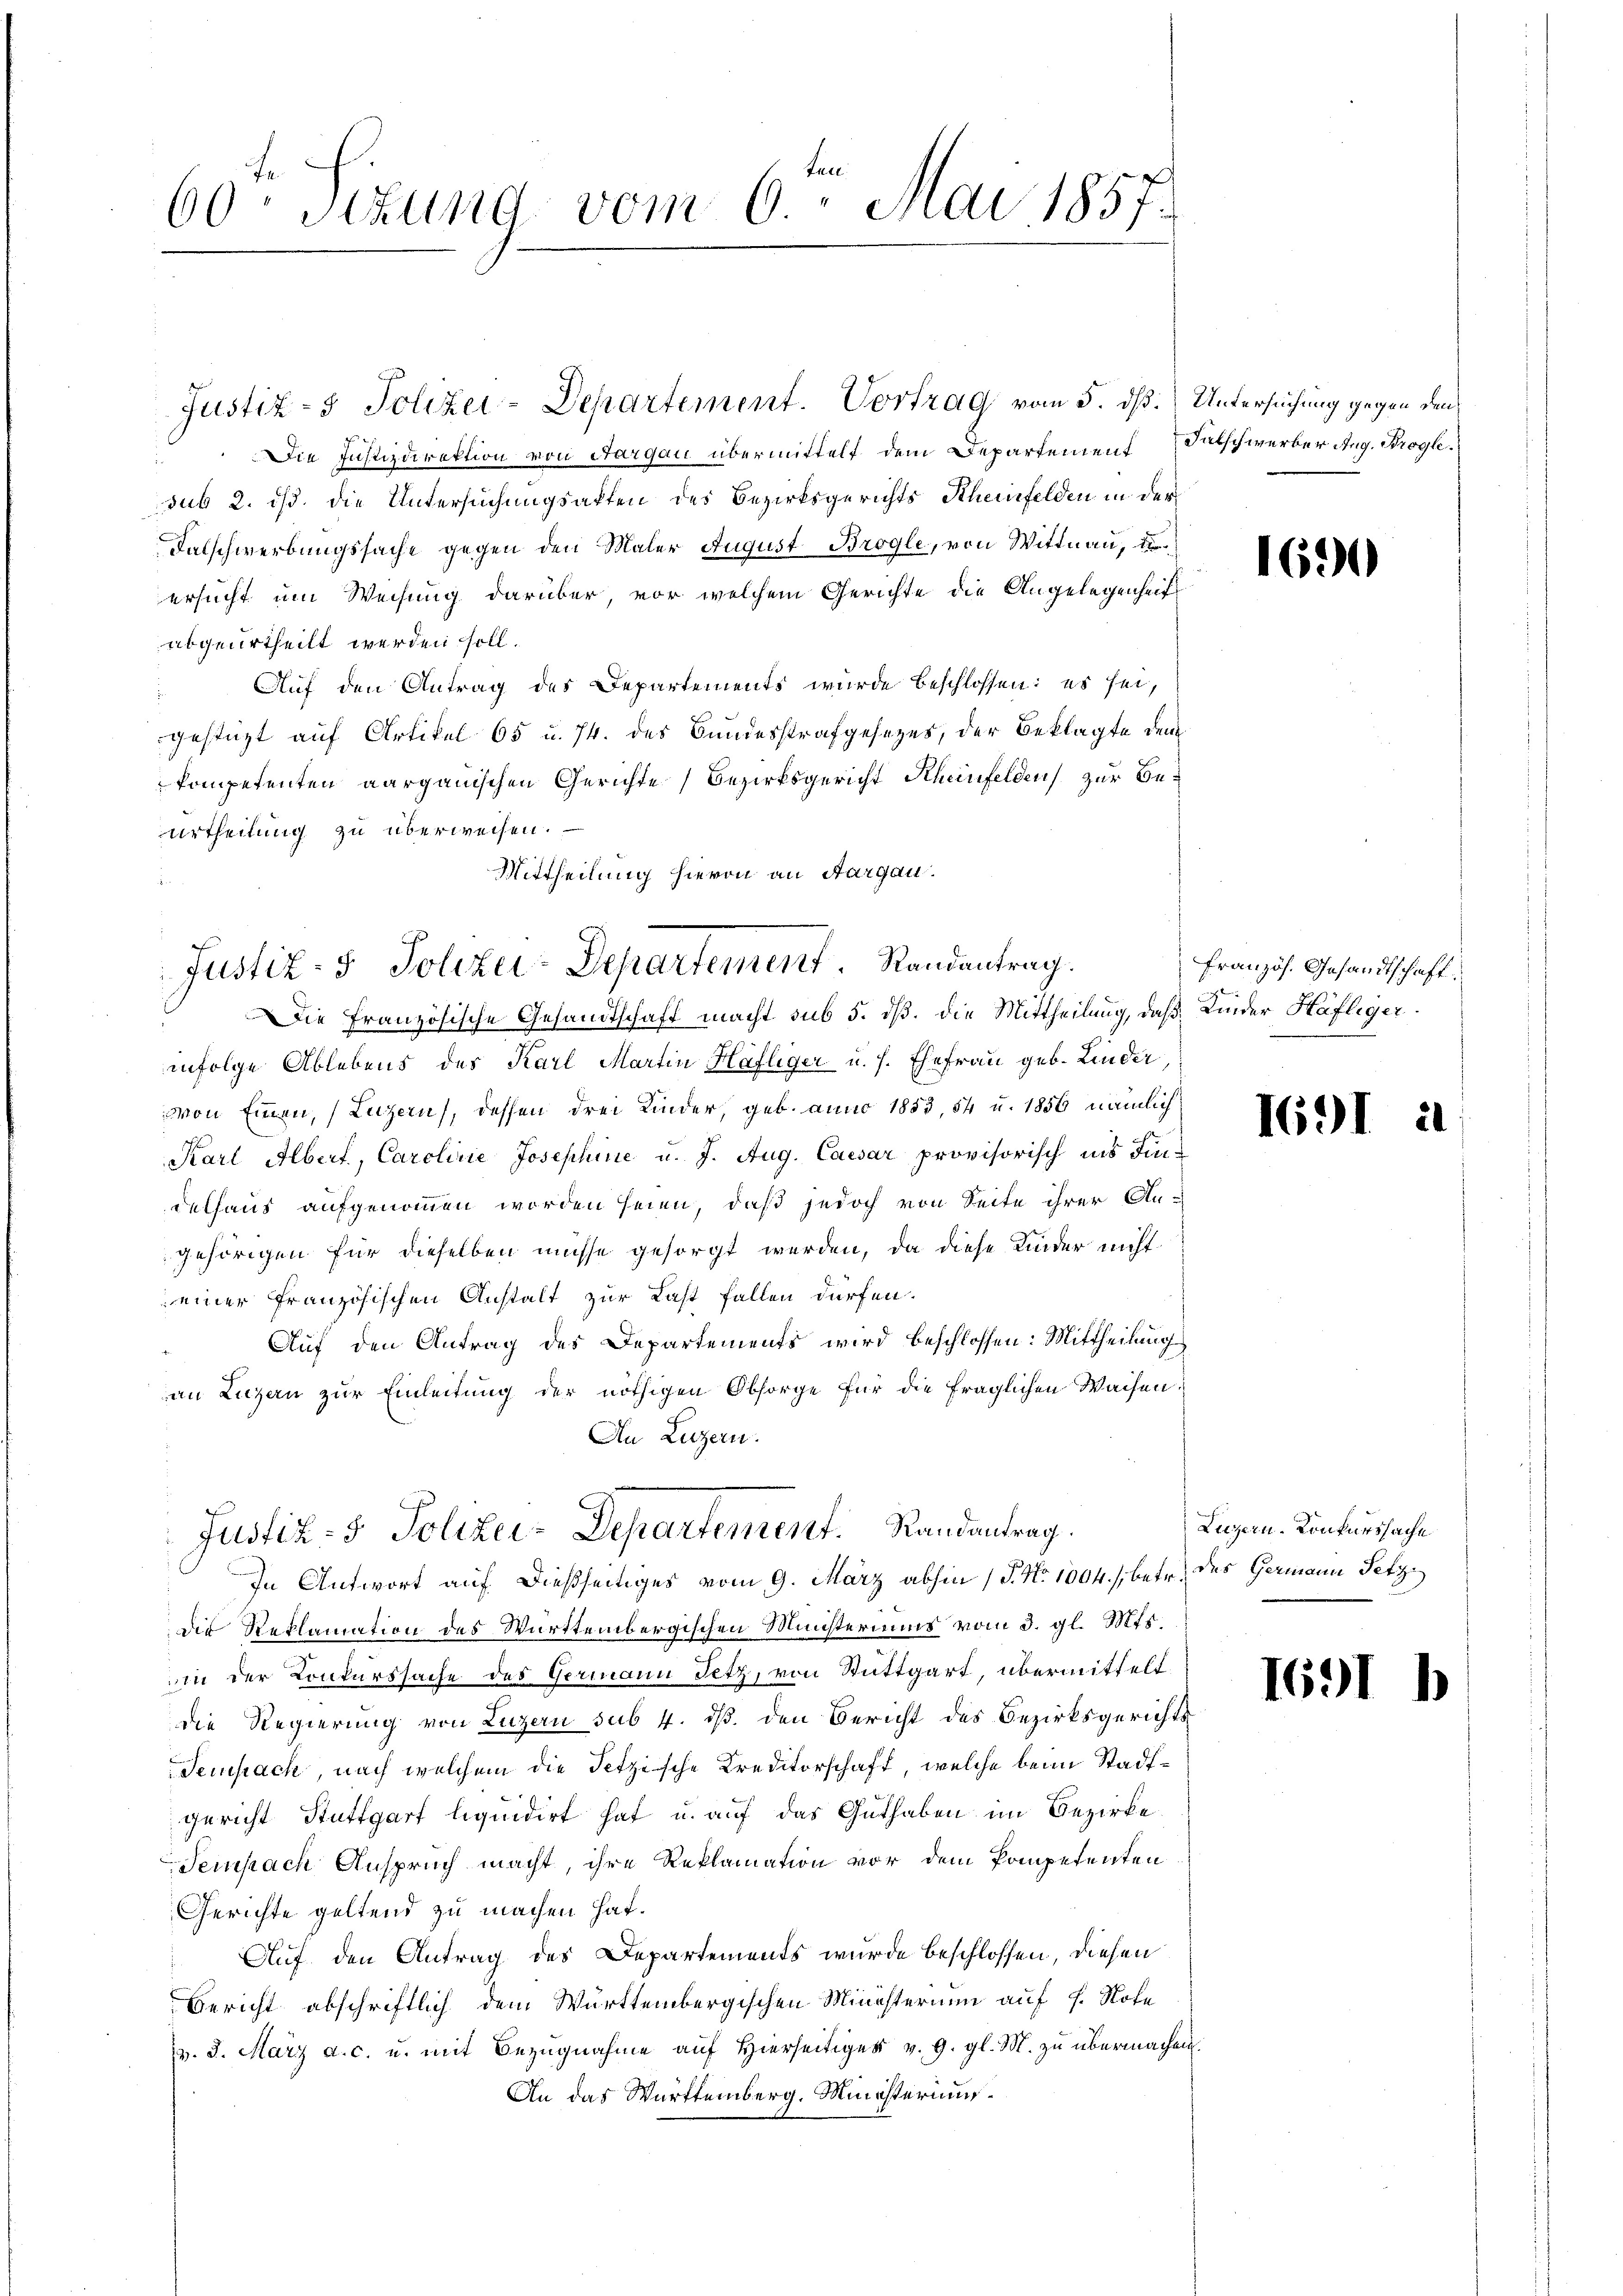
60ten Sizung vom 6ten Mai 1857.

Die Justizdirektion von Aargau übermittelt dem Departement (Datschwerber Aug. Progle
sub 2. ist. Die Untersuchungsakten des Bezirksgerichts Rheinfelden in der
Talschwerbungssache gegen den Maler August Brogle, von Wittnau, Erersucht um Weisung darüber, vor welchem Gerichte die Angelegenheit
abgeurtheilt werden soll.
Auf den Antrag des Departements wurde beschlossen: es sei,
gestüzt auf Artikel 65 u. 74. des Bundesstrafgesezes, der Beklagte dem
kompetenten aargauischen Gerichte Bezirksgericht Rheinfelden zur Be¬
Urtheilung zu überweisen.
Mittheilung hievon an Aargau.

Justiz- & Polizei-Departement. Vortrag vom 5. dß. Untersuchung gegen den

Justiz- & Polizei-Departement. Randantrag.
Die Französische Gesandtschaft macht sub 5. dß. die Mittheilung, daß Kinder Häfliger

Justiz- & Polizei-Departement. Randantrag.
In Antwort auf dießseitiges vom 9. März abhin (§. No 1004. betr. des Germann Petz

infolge Ablebens des Karl Martin Häfliger u. s. Ehefrau geb. Linder
von Einen, (Luzern, dessen drei Kinder, geb. anno 1853, 54 u. 1856 nämlich
Karl Albert, Caroline Josephine u. J. Aug. Caesar provisorisch ins Findelhaus aufgenommen worden seien, daß jedoch von Seite ihrer An-
gehörigen für dieselben müsse gesorgt werden, da diese Kinder nicht
einer französischen Anstalt zur Last fallen dürfen.
Auf den Antrag des Departements wird beschlossen: Mittheilung
an Luzern zur Einleitung der nöthigen Obsorge für die fraglichen Waisen,
An Luzern.
die Reklamation des Württembergischen Ministeriums vom 3. gl. Mts.
in der Konkurssache des Germann Setz, von Stuttgart, übermittelt.
die Regierung von Luzern sub 4. ds. den Bericht des Bezirksgerichts
Sempach, nach welchem die Setzische Kreditorschaft, welche beim Stadtgericht Stuttgart liquidirt hat u. auf das Guthaben im Bezirke
Sempach Anspruch macht, ihre Reklamation vor dem Pompetenten
Gerichte geltend zu machen hat.
Auf den Antrag des Departements wurde beschlossen, diesen
Bericht abschriftlich dem Württembergischen Ministerium auf 1. Note
v. 3. März a. c. u. mit Bezugnahme auf Hierseitiges v. 9. gl. M. zu übermachen.
An das Württemberg, Ministerium

1620

französ. Gesandtschaft.

1691

Luzern, Konkurssache

1691

21